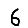
Digit: 6